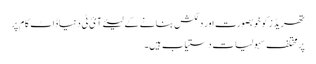
تھریڈز کو خوبصورت اور دلکش بنانے کے لیئے آئ ٹی دنیا ڈاٹ کام پر
پر مختلف سہولیات دستیاب ہیں۔